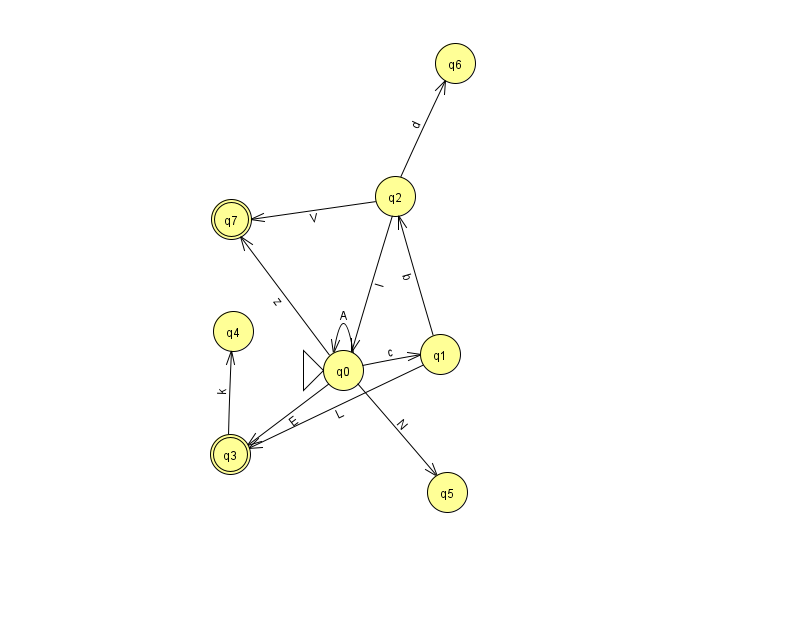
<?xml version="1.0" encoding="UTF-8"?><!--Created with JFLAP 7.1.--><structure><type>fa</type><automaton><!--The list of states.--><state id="0" name="q0"><x>343.0</x><y>357.0</y><initial/></state><state id="1" name="q1"><x>440.0</x><y>341.0</y></state><state id="2" name="q2"><x>395.0</x><y>183.0</y></state><state id="3" name="q3"><x>230.0</x><y>441.0</y><final/></state><state id="4" name="q4"><x>233.0</x><y>318.0</y></state><state id="5" name="q5"><x>447.0</x><y>479.0</y></state><state id="6" name="q6"><x>455.0</x><y>50.0</y></state><state id="7" name="q7"><x>231.0</x><y>206.0</y><final/></state><!--The list of transitions.--><transition><from>1</from><to>3</to><read>L</read></transition><transition><from>0</from><to>0</to><read>A</read></transition><transition><from>2</from><to>6</to><read>d</read></transition><transition><from>0</from><to>3</to><read>E</read></transition><transition><from>2</from><to>7</to><read>V</read></transition><transition><from>0</from><to>1</to><read>c</read></transition><transition><from>3</from><to>4</to><read>k</read></transition><transition><from>0</from><to>5</to><read>N</read></transition><transition><from>1</from><to>2</to><read>b</read></transition><transition><from>2</from><to>0</to><read>I</read></transition><transition><from>0</from><to>7</to><read>z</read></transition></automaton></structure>